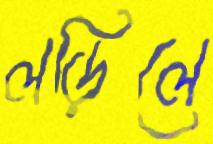
লড়িলে